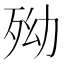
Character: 𣧥